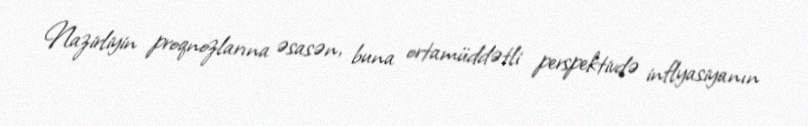
Nazirliyin proqnozlarına əsasən, buna ortamüddətli perspektivdə inflyasiyanın